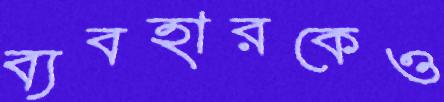
ব্যবহারকেও